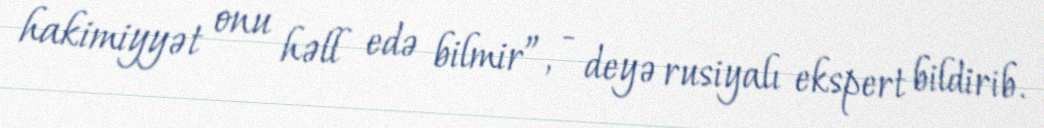
hakimiyyət onu həll edə bilmir”, - deyə rusiyalı ekspert bildirib.